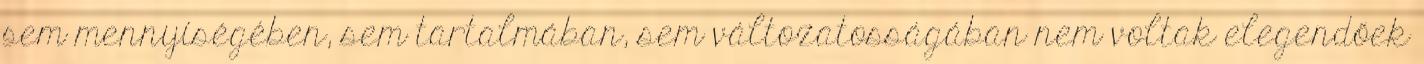
sem mennyiségében, sem tartalmában, sem változatosságában nem voltak elegendőek